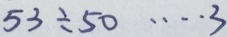
5 3 \div 5 0 \cdots 3